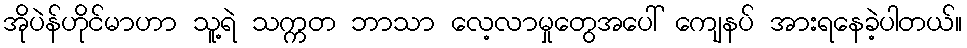
အိုပဲန်ဟိုင်မာဟာ သူ့ရဲ သက္ကတ ဘာသာ လေ့လာမှုတွေအပေါ် ကျေနပ် အားရနေခဲ့ပါတယ်။